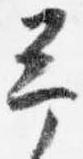
予